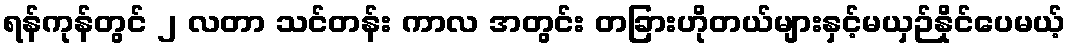
ရန်ကုန်တွင် ၂ လတာ သင်တန်း ကာလ အတွင်း တခြားဟိုတယ်များနှင့်မယှဉ်နိုင်ပေမယ့်